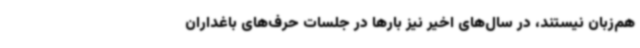
هم‌زبان نیستند، در سال‌های اخیر نیز بارها در جلسات حرف‌های باغداران